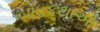
બોધકથાઓ